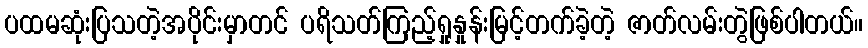
ပထမဆုံးပြသတဲ့အပိုင်းမှာတင် ပရိသတ်ကြည့်ရှုနှုန်းမြင့်တက်ခဲ့တဲ့ ဇာတ်လမ်းတွဲဖြစ်ပါတယ်။